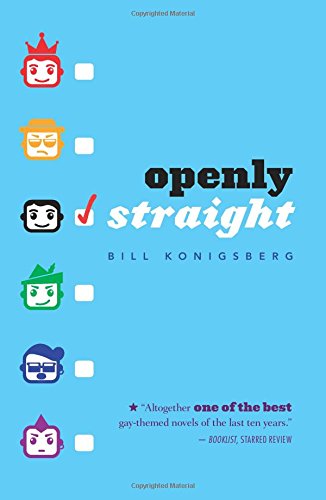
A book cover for Openly Straight; Bill Konigsberg; Teen & Young Adult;